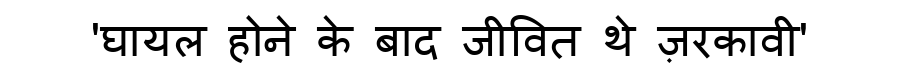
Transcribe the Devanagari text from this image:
'घायल होने के बाद जीवित थे ज़रकावी'